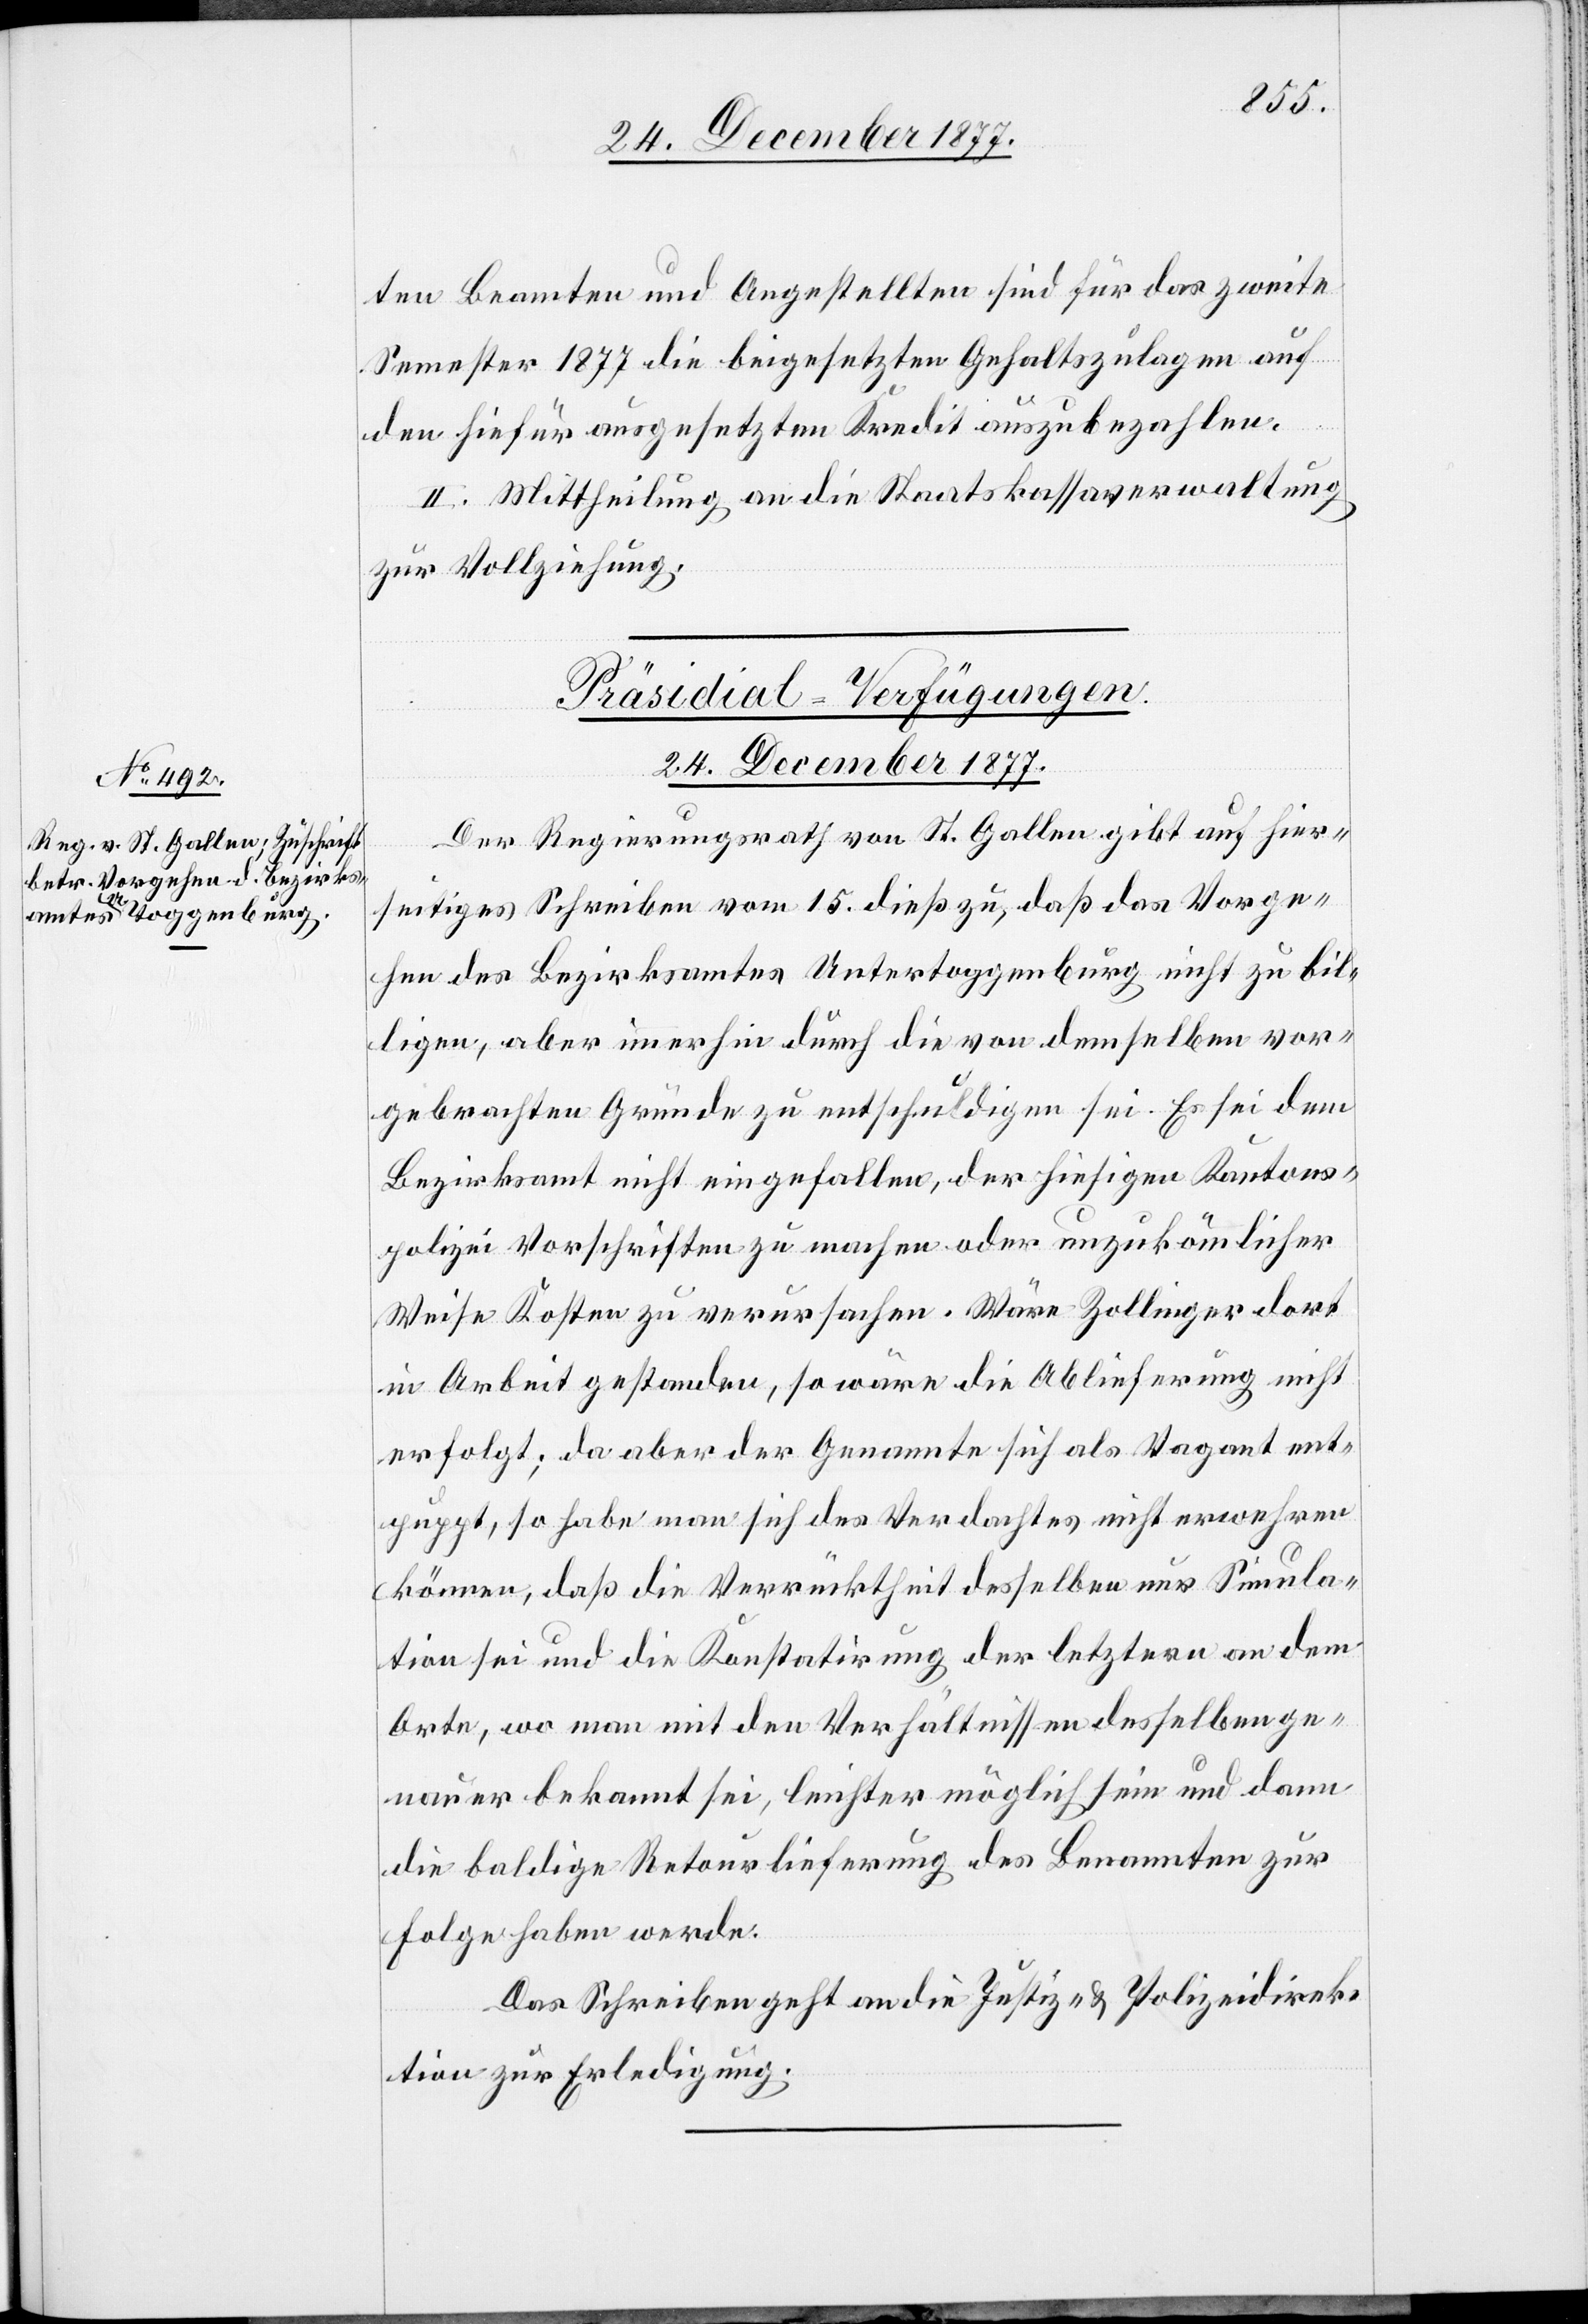
ten Beamten und Angestellten sind für das zweite
Semester 1877 die beigesetzten Gehaltszulagen auf
den hiefür ausgesetzten Kredit auszubezahlen.
II. Mittheilung an die Staatskassaverwaltung
zur Vollziehung.
Präsidial-Verfügungen.
24. December 1877.
Der Regierungsrath von St. Gallen gibt auf hier¬
seitiges Schreiben vom 15. dieß zu, daß das Vorge¬
hen des Bezirksamtes Untertoggenburg nicht zu bil¬
ligen, aber immerhin durch die von demselben vor¬
gebrachten Gründe zu entschuldigen sei. Es sei dem
Bezirksamt nicht eingefallen, der hiesigen Kantons¬
polizei Vorschriften zu machen oder unzukömmlicher
Weise Kosten zu verursachen. Wäre Zollinger dort
in Arbeit gestanden, so wäre die Ablieferung nicht
erfolgt; da aber der Genannte sich als Vagant ent¬
puppt, so habe man sich des Verdachtes nicht erwehren
können, daß die Verrücktheit desselben nur Simula¬
tion sei und die Konstatirung der letztern an dem
Orte, wo man mit den Verhältnissen desselben ge¬
nauer bekannt sei, leichter möglich sein und dann
die baldige Retourlieferung des Benannten zur
Folge haben werde.
Das Schreiben geht an die Justiz- & Polizeidirek¬
tion zur Erledigung.